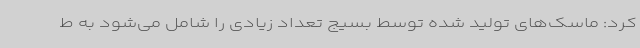
کرد: ماسک‌های تولید شده توسط بسیج تعداد زیادی را شامل می‌شود به ط